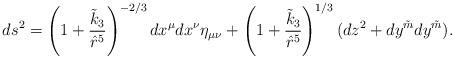
LaTeX: \begin{align*}ds^2=\left(1+\frac{\tilde k_3}{\hat r^5}\right)^{-2/3}dx^{\mu}dx^{\nu}\eta_{\mu\nu} +\left(1+\frac{\tilde k_3}{\hat r^5}\right)^{1/3}(dz^2+dy^{\tilde{m}}dy^{\tilde{m}}).\end{align*}